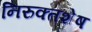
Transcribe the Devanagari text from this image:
निरुक्तशेष